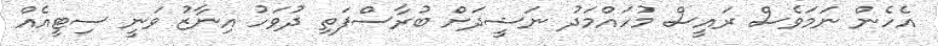
އެހެން ނަމަވެސް ރައީސް މުހައްމަދު ނަޝީދަށް ބުރާސްފަތި ދުވަހު އިނާޒު ވަނީ ސިޓީއެއް